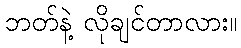
ဘတ်နဲ့ လိုချင်တာလား။